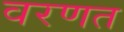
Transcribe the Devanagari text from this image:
वरणत